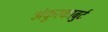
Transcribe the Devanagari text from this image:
अंकुरकाबुर्द